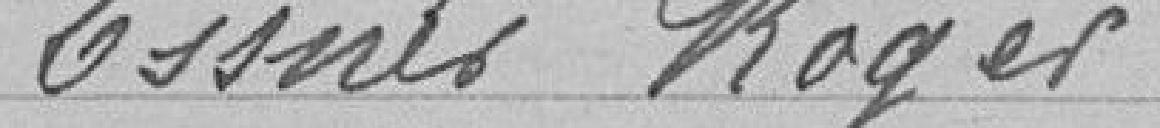
ESSNER Roger